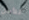
للأمل